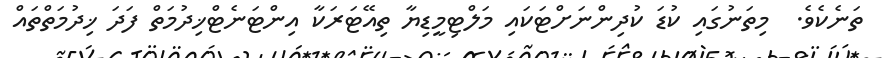
ތަނެކެވެ.  މިތަނުގައި ކުޑަ ކުދިންނަށްޓަކައި މަލްޓިމީޑިޔާ ތިއޭޓަރަކާ އިންޓަނެޓްޚިދުމަތް ފަދަ ޚިދުމަތްތައް